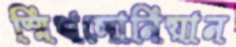
স্মিথসোনিয়ান